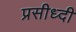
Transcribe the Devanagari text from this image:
प्रसीध्दी